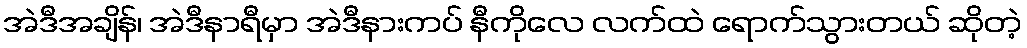
အဲဒီအချိန်၊ အဲဒီနာရီမှာ အဲဒီနားကပ် နီကိုလေ လက်ထဲ ရောက်သွားတယ် ဆိုတဲ့